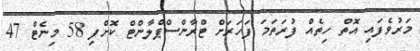
މަރުވެފައި އޮތް ހިތެއް ފުރަތަމަ ފަހަރަށް ޓްރާންސްޕްލާންޓް ކޮށްފި 58 މިނެޓް 47